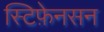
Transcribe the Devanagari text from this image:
स्टिफ़ेनसन